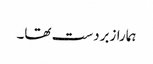
ہمارا زبردست تھا۔